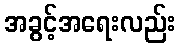
အခွင့်အရေးလည်း